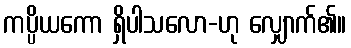
ကပ္ပိယကော ရှိပါသလော-ဟု လျှောက်၏။